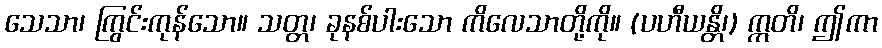
သေသာ၊ ကြွင်းကုန်သော။ သတ္တ၊ ခုနစ်ပါးသော ကိလေသာတို့ကို။ (ပဟီယန္တိ၊) ဣတိ၊ ဤကာ